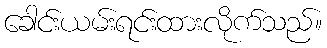
ခေါင်းယမ်းရင်းထားလိုက်သည်။